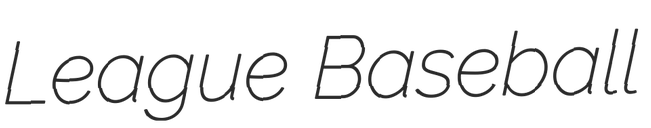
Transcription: League Baseball